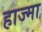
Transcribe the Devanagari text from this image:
हाज्मा